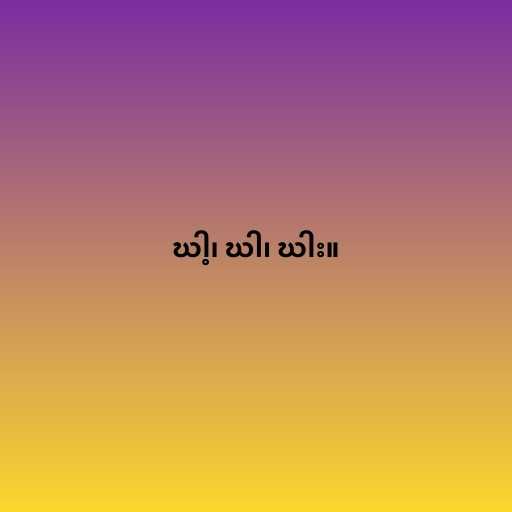
ဃါ့၊ ဃါ၊ ဃါး။